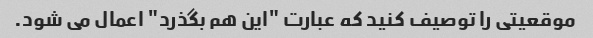
موقعیتی را توصیف کنید که عبارت "این هم بگذرد" اعمال می شود.